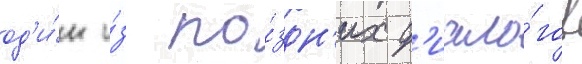
од'и́н и́з по́здн'их д'иало́гов